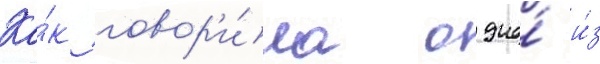
Ка́к говор'и́ла одна́ и́з